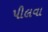
પીલવા